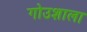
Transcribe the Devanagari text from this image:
गोउशाला